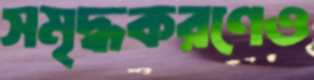
সমৃদ্ধকরণেও